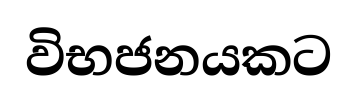
විභජනයකට